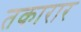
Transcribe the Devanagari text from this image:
तकारार